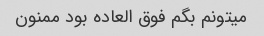
میتونم بگم فوق العاده بود ممنون